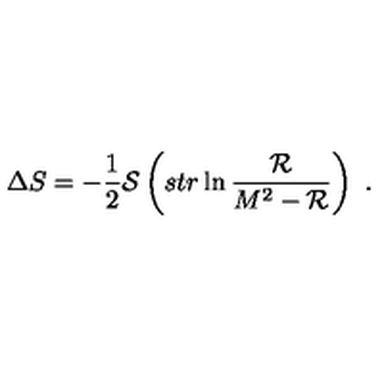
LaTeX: \Delta S = - \frac { 1 } { 2 } { \cal S } \left( s t r \ln \frac { { \cal R } } { M ^ { 2 } - { \cal R } } \right) \ .